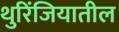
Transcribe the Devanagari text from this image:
थुरिंजियातील